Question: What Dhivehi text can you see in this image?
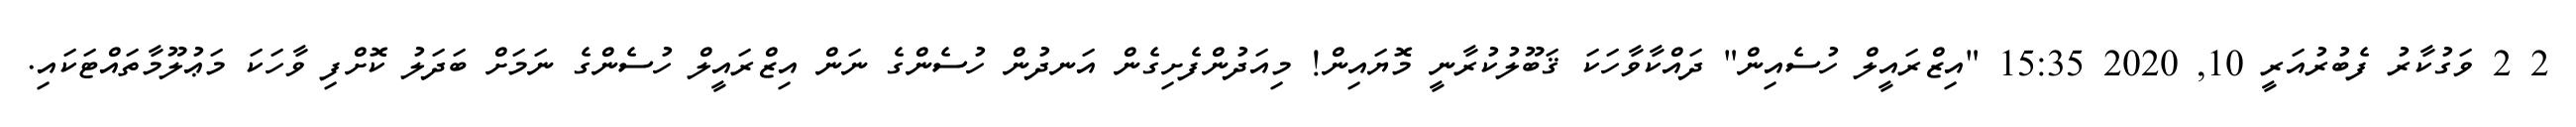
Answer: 2 2 ވަގުކާރު ފެބުރުއަރީ 10, 2020 15:35 "އިޒްރައީލް ހުސެއިން" ދައްކާވާހަކަ ޤަބޫލުކުރާނީ މޮޔައިން! މިއަދުންފެށިގެން އަނދުން ހުސެންގެ ނަން އިޒްރައީލް ހުސެންގެ ނަމަށް ބަދަލު ކޮށްފި ވާހަކަ މަޢުލޫމާތައްޓަކައި.